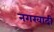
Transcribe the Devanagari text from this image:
नगरवादी